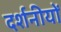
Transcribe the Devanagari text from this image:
दर्शनीयों